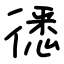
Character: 㣰